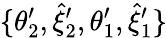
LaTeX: \{ \theta_{2}^{\prime},\hat{\xi}_{2}^{\prime},\theta_{1}^{\prime},\hat{\xi}_{1}^{\prime}\}